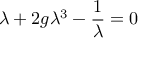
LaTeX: \lambda + 2 g \lambda ^ { 3 } - { \frac { 1 } { \lambda } } = 0